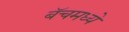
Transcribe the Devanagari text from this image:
बॅचमध्ये